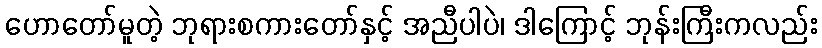
ဟောတော်မူတဲ့ ဘုရားစကားတော်နှင့် အညီပါပဲ၊ ဒါကြောင့် ဘုန်းကြီးကလည်း